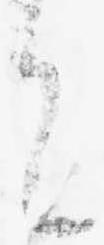
に